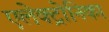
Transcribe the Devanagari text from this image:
एलेक्ट्रोनिका